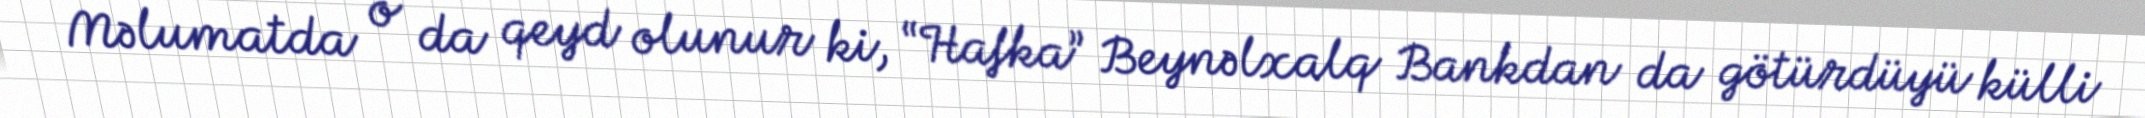
Məlumatda o da qeyd olunur ki, “Hafka” Beynəlxalq Bankdan da götürdüyü külli